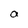
Character: a